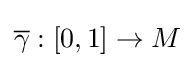
{\overline {\gamma }}:[0,1]\to M